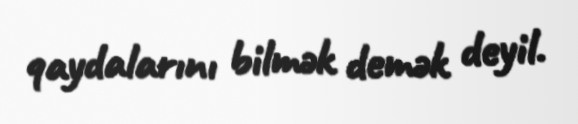
qaydalarını bilmək demək deyil.